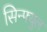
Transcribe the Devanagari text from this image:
सिन्फ्युल